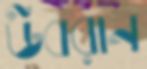
উবরান